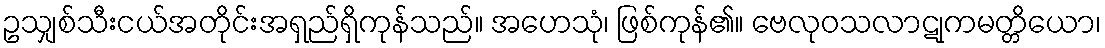
ဥသျှစ်သီးငယ်အတိုင်းအရှည်ရှိကုန်သည်။ အဟေသုံ၊ ဖြစ်ကုန်၏။ ဗေလုဝသလာဋုကမတ္တိယော၊